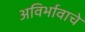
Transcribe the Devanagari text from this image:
अविर्भावाचे